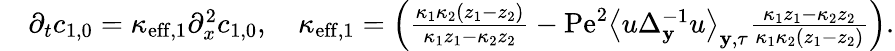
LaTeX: \begin{array}{rl}&{\partial_{t}c_{1,0}=\kappa_{\mathrm{eff},1}\partial_{x}^{2}c_{1,0},\quad\kappa_{\mathrm{eff},1}=\left(\frac{\kappa_{1}\kappa_{2}\left(z_{1}-z_{2}\right)}{\kappa_{1}z_{1}-\kappa_{2}z_{2}}-\mathrm{Pe}^{2}\left\langle u\Delta_{\mathbf{y}}^{-1}u\right\rangle_{\mathbf{y},\tau}\frac{\kappa_{1}z_{1}-\kappa_{2}z_{2}}{\kappa_{1}\kappa_{2}\left(z_{1}-z_{2}\right)}\right).}\end{array}